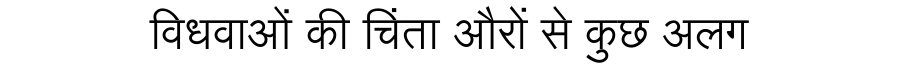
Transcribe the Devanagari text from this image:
विधवाओं की चिंता औरों से कुछ अलग